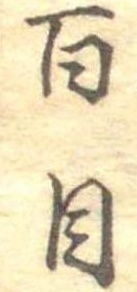
百目